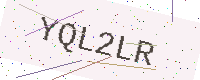
Text: YQL2LR